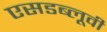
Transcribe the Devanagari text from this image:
एसडब्लूवी